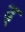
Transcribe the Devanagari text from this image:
ढ़्